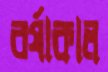
বর্ষাকাল